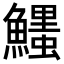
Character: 𩼞